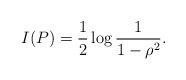
LaTeX: \begin{align*} I(P) = \frac{1}{2} \log \frac{1}{1-\rho^2}. \end{align*}